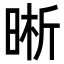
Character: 晰